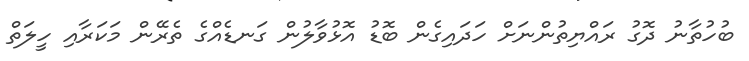
ބުހުތާނު ދޮގު ރައްޔިތުންނަށް ހަދައިގެން ބޮޑު އޮޅުވާލުން ގަނޑެއްގެ ތެރޭން މަކަރާއި ހީލަތް